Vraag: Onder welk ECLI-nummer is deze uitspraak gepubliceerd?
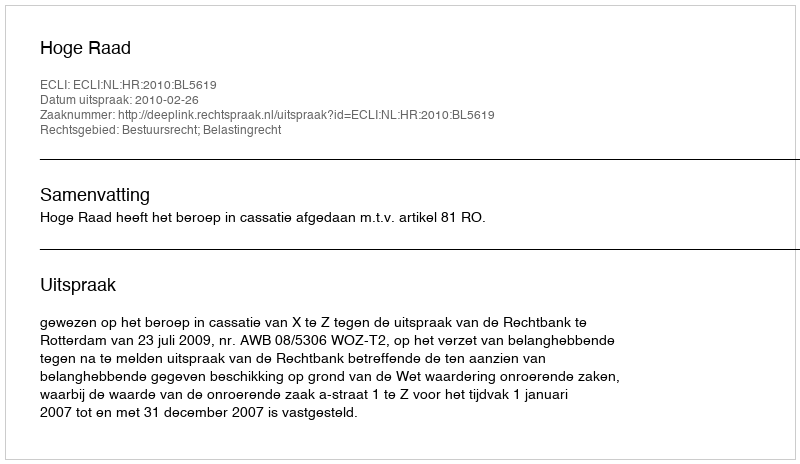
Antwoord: ECLI:NL:HR:2010:BL5619